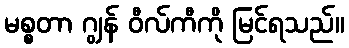
မစ္စတာ ဂျွန် ဝီလ်ကီကို မြင်ရသည်။